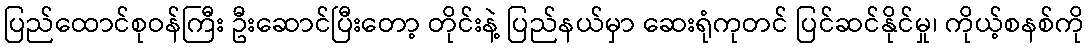
ပြည်ထောင်စုဝန်ကြီး ဦးဆောင်ပြီးတော့ တိုင်းနဲ့ ပြည်နယ်မှာ ဆေးရုံကုတင် ပြင်ဆင်နိုင်မှု၊ ကိုယ့်စနစ်ကို